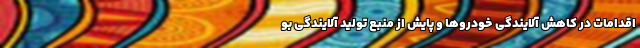
اقدامات در کاهش آلایندگی خودروها و پایش از منبع تولید آلایندگی بو